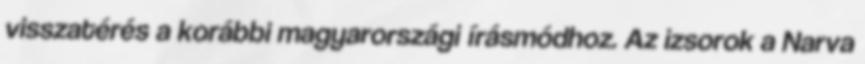
visszatérés a korábbi magyarországi írásmódhoz. Az izsorok a Narva